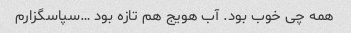
همه چی خوب بود. آب هویج هم تازه بود …سپاسگزارم